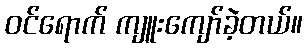
ဝင်ရောက် ကျူးကျော်ခဲ့တယ်။